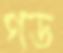
গড